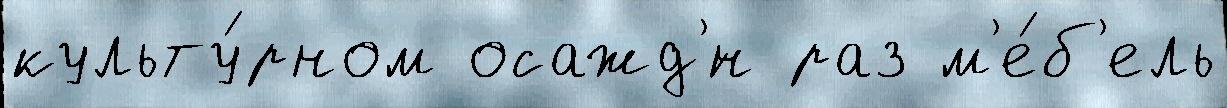
культу́рном осажд'́н раз м'е́б'ель